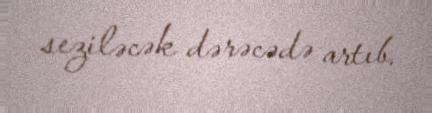
seziləcək dərəcədə artıb.